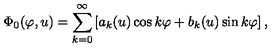
\Phi _ { 0 } ( \varphi , u ) = \sum _ { k = 0 } ^ { \infty } \left[ a _ { k } ( u ) \cos k \varphi + b _ { k } ( u ) \sin k \varphi \right] ,